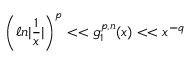
\left( \ell n | \frac { 1 } { x } | \right) ^ { p } < < g _ { 1 } ^ { p , n } ( x ) < < x ^ { - q }